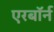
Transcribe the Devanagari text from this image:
एरबॉर्न